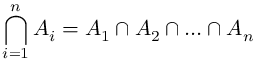
\bigcap _ { i = 1 } ^ { n } A _ { i } = A _ { 1 } \cap A _ { 2 } \cap \ldots \cap A _ { n }